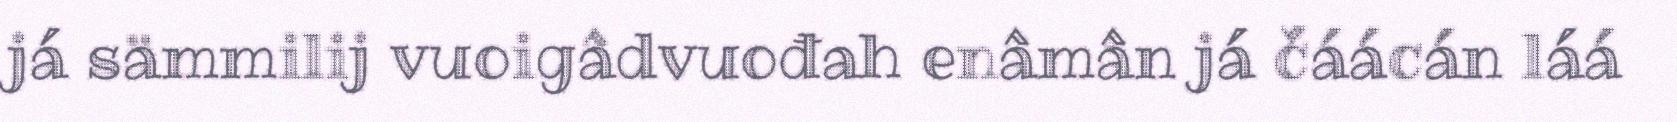
já sämmilij vuoigâdvuođah enâmân já čáácán láá